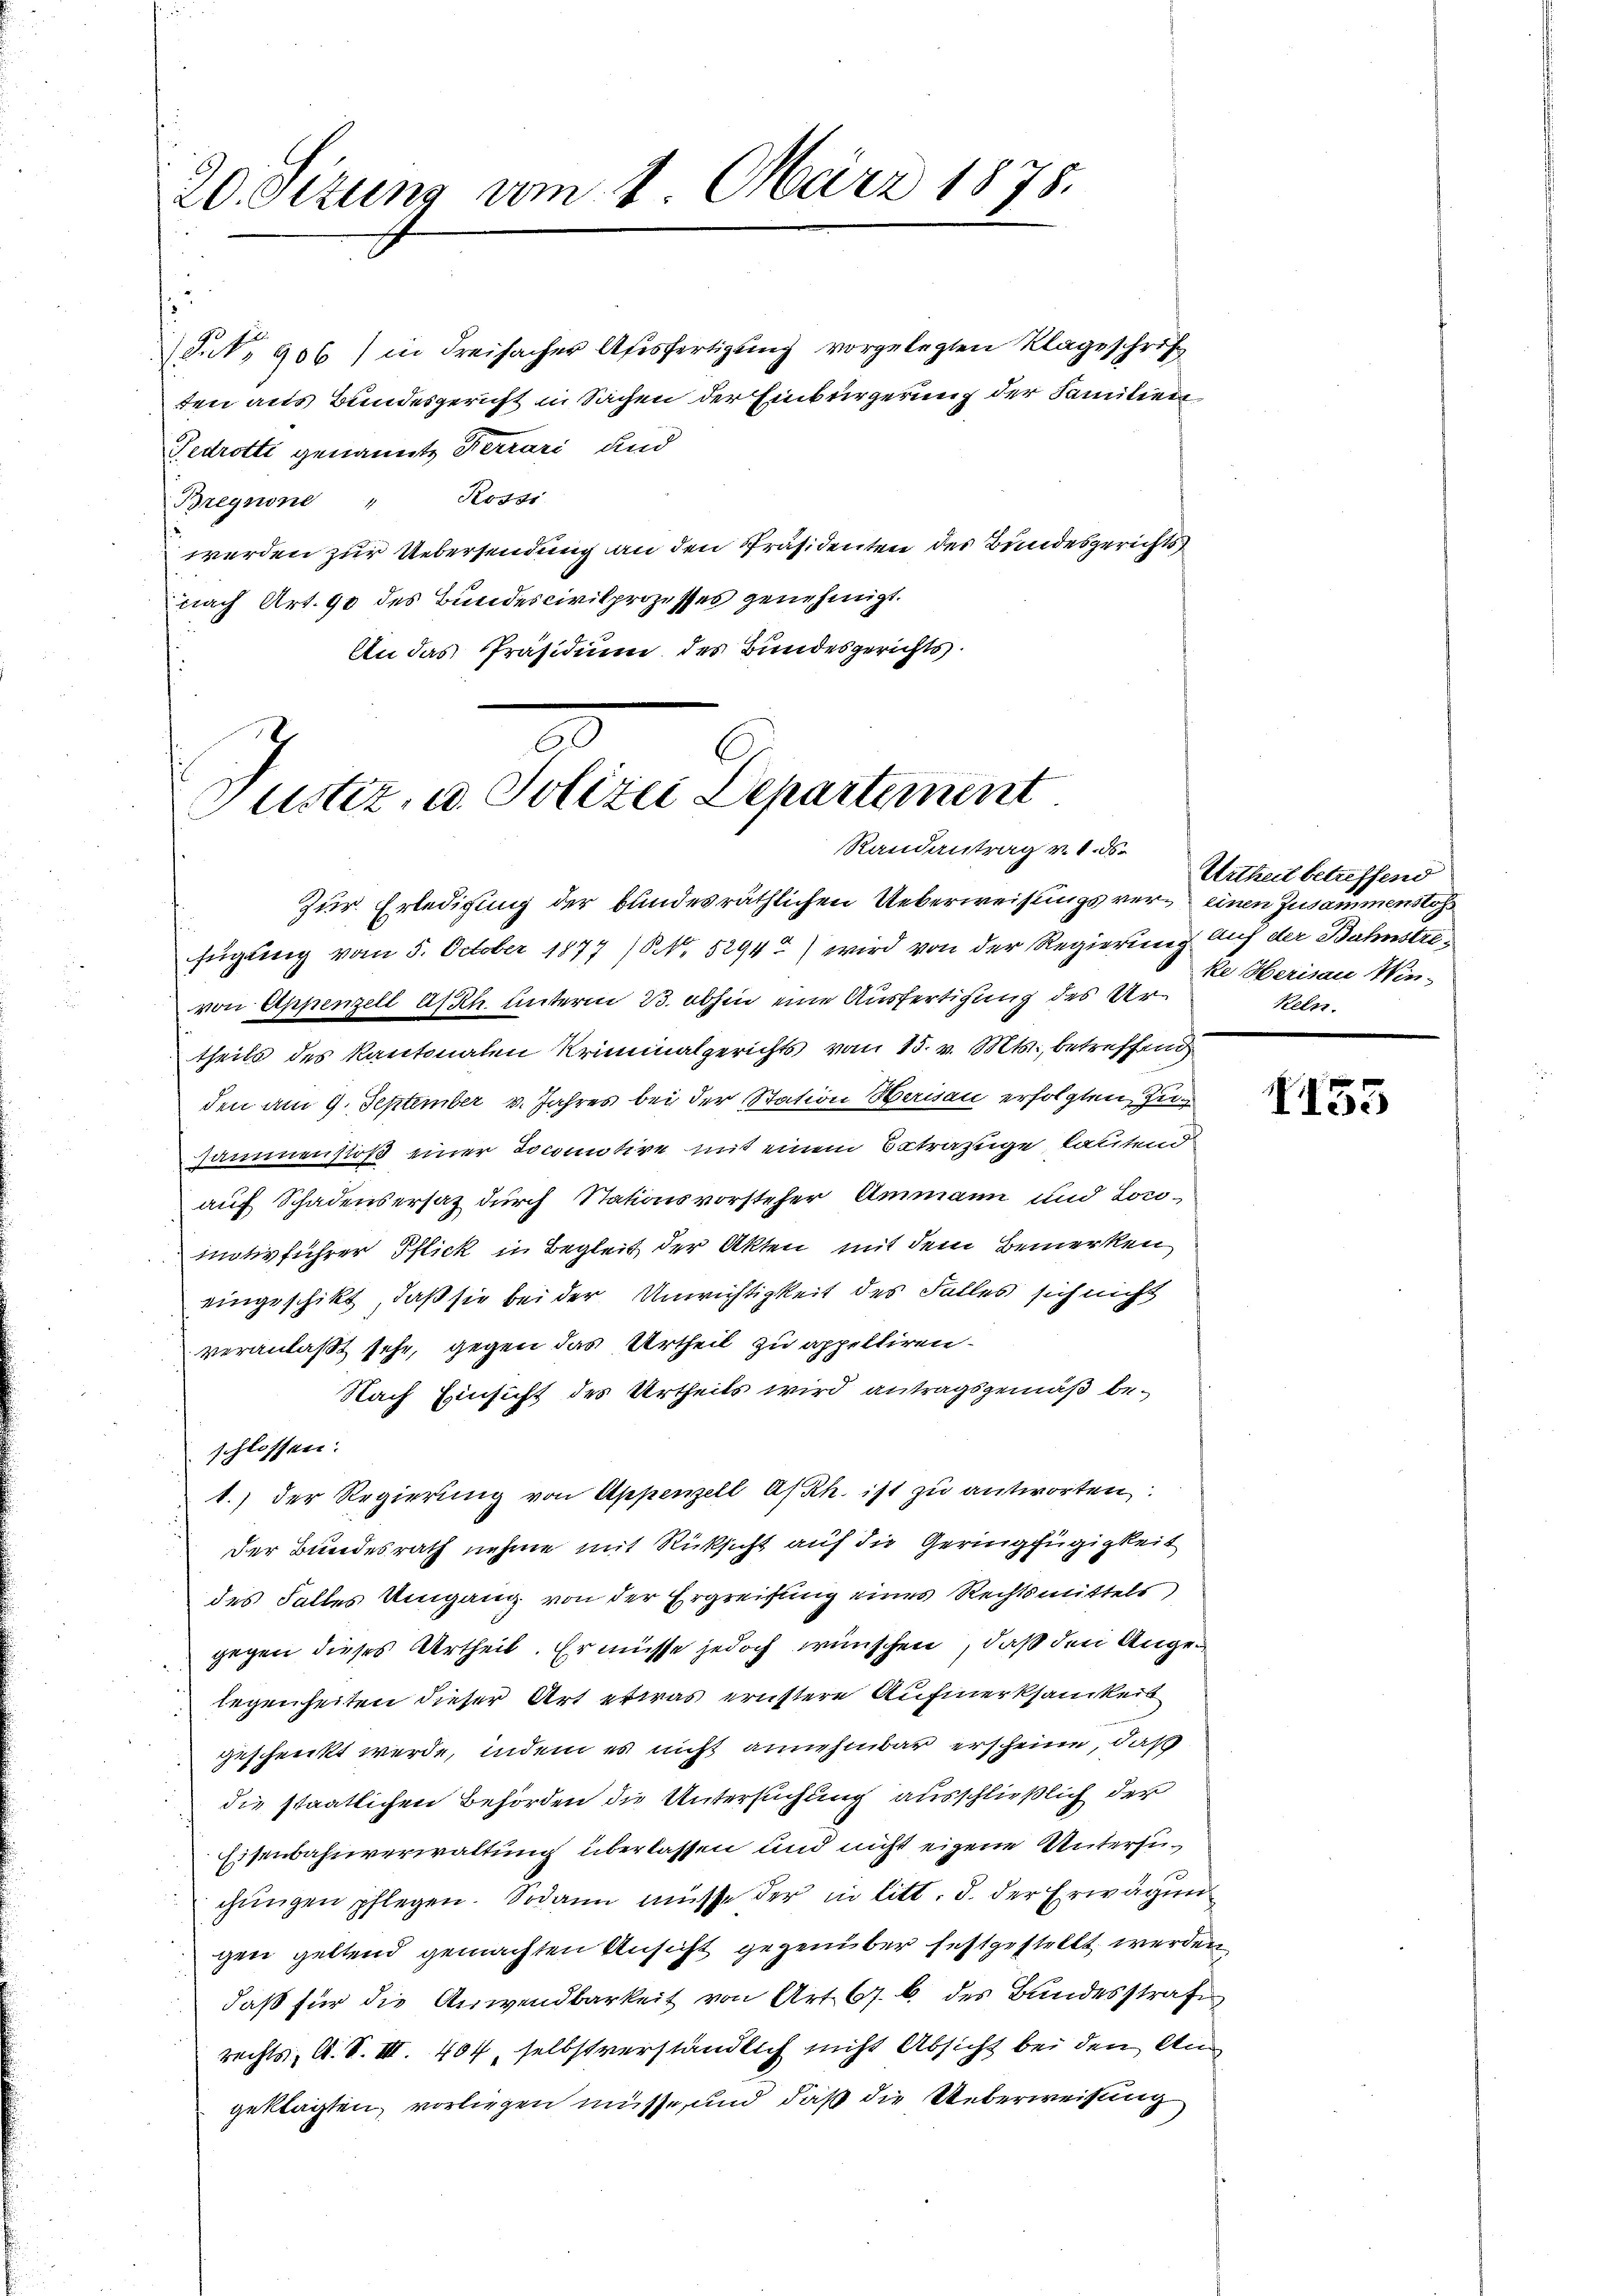
20. Sizung vom 1. März 1878.

Juk, 906) in Freifacher Ausfertigung vorgelegten Klageschrif
ten aus Bundesgericht in Sachen der Einbürgerung der Familien
Gedrotti genannte Ferrari und
Breynone " Rossi
werden zur Uebersendung an den Präsidenten des Bundesgerichts
nach Art. 90 des Bundescivilprozesses genehmigt.
An das Präsidium des Bundesgerichts

Justiz, u. Polizei Departement
Randantrag v. 1. ds.

Zur Erledigung der bundesräthlichen Ueberweisungsvereinen Zusammenstoss
.
fügung vom 5. October 1877 (NNo. 5294) wird von der Regierung auf der Bahnstrevon Appenzell A/Rh. unterm 23. abhin eine Ausfertigung des Urtheils des Kantonalen Kriminalgerichts vom 15. v. Mts., betreffend
den am 9. September v. Jahres bei der Station Herisau erfolgten Zu¬
Hammenstoß einer Docomotire mit einem Betrazuge, lautend
auf Schadensersatz durch Stationsvorsteher Ammann und Lonmotivführer Pflick in Begleit der Akten mit dem Bemerken
eingeschikt, daß sie bei der Unwichtigkeit des Falles sich nicht
veranlaßt sehe, gegen das Urtheil zu appelliren.
Nach Einsicht des Urtheils wird antragsgemäß beschlossen:
1.) Der Regierung von Appenzell A/Rh. ist zu antworten.
der Bundesrath nehme mit Rücksicht auf die Geringfügigkeit
des Falles Umgang von der Ergreifung eines Rechtsmittels
gegen dieses Urtheil. Er müsse jedoch wünschen, daß den Angelegenheiten dieser Art etwas ernstere Aufmerksamkeit
geschenkt werde, indem es nicht annehmbar erscheine, daß
die staatlichen Behörden die Untersuchung ausschließlich der
Eisenbahnverwaltung überlassen und nicht eigene Untersuchŭngen pflegen. Sodann müsse der in litt. d. der Erwägun
gen geltend gemachten Ansicht gegenüber festgestellt werden
daß für die Anwendbarkeit von Art. 67. 6 des Bundesstrafe
rechts, A. S. III. 404, selbstverständlich nicht Absicht bei den Ang
geklagten, vorliegen müsse, und daß die Ueberweisung

Urtheil betreffend
ke Herisau Win-
Keln.

155